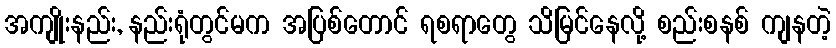
အကျိုးနည်း, နည်းရုံတွင်မက အပြစ်တောင် ရစရာတွေ သိမြင်နေလို့ စည်းစနစ် ကျနတဲ့